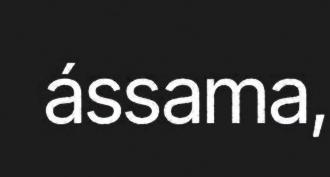
ássama,